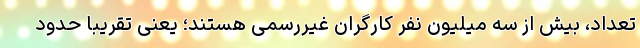
تعداد، بیش از سه میلیون نفر کارگران غیررسمی هستند؛ یعنی تقریبا حدود